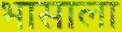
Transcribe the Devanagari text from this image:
भासाला